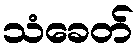
သံခေတ်